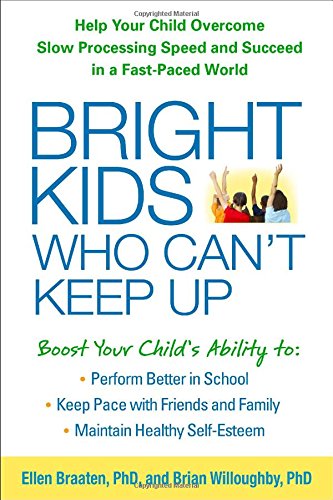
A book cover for Bright Kids Who Can't Keep Up: Help Your Child Overcome Slow Processing Speed and Succeed in a Fast-Paced World; Ellen Braaten PhD; Education & Teaching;